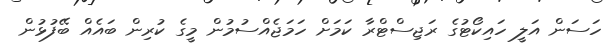
ހަސަން އަލީ ހައިކޯޓުގެ ރަޖިސްޓްރާ ކަމަށް ހަމަޖެއްސުމުން މީގެ ކުރިން ބައެއް ބޭފުޅުން